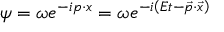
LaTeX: \psi = \omega e ^ { - i p \cdot x } = \omega e ^ { - i \left( E t - { \vec { p } } \cdot { \vec { x } } \right) }